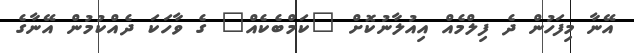
އޭނާ މިފަހުން ދެ ފިލްމެއް އިއުލާނުކޮށް "ކަމްބެކެއް" ގެ ވާހަކަ ދެއްކުމުން އޭނާގެ